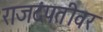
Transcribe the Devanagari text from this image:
राजदंपतीवर